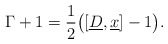
\begin{align*} \Gamma+1=\frac{1}{2}\big([\underline{D},\underline{x}]-1\big).\end{align*}